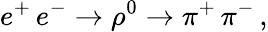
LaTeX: e^{+}\, e^{-}\rightarrow\rho^{0}\rightarrow\pi^{+}\, \pi^{-}\, ,